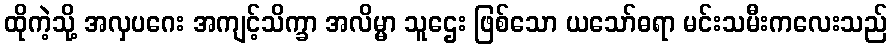
ထိုကဲ့သို့ အလှပဂေး အကျင့်သိက္ခာ အလိမ္မာ သူဌေး ဖြစ်သော ယသော်ဓရာ မင်းသမီးကလေးသည်